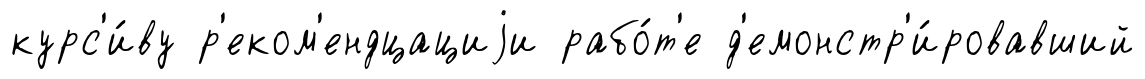
курс'и́ву р'еком'ендцациjи рабо́т'е д'емонстр'и́ровавший